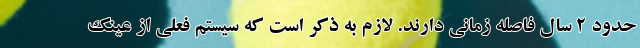
حدود 2 سال فاصله زمانی دارند. لازم به ذکر است که سیستم فعلی از عینک